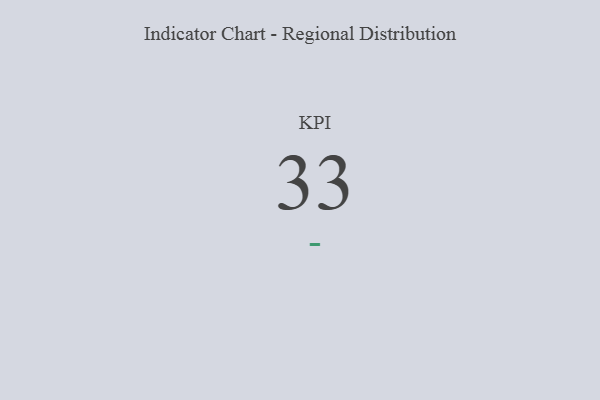
{"axis": {"x": "KPI", "y": "Value"}, "legend": [""], "data": [{"x": "KPI", "y": 33, "type": ""}]}